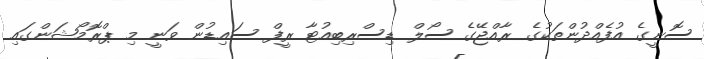
ސޮނީގެ އުފެއްދުންތަކުގެ ރާއްޖޭގެ ސޯލް ޑިސްރިބިއުޓާ ރީފް ސައިޑުން ވަނީ މި ޕްރޮމޯޝަންގައި